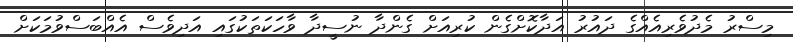
މިސްރު މެދުވެރިއެއްގެ ދައުރު އަދާކޮށްގެން ކުރިއަށް ގެންދާ ނުސީދާ ވާހަކަތަކުގައި އަދިިވެސް އެއްބަސްވުމަކަށް